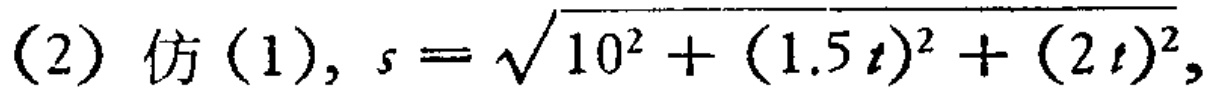
(2) 仿 (1), $s = \sqrt{10^{2}+(1.5t)^{2}+(2t)^{2}}$,